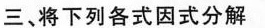
三、将下列各式因式分解